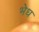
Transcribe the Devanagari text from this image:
भेध